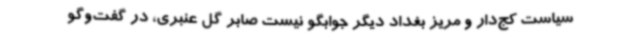
سیاست کج‌دار و مریز بغداد دیگر جوابگو نیست صابر گل عنبری، در گفت‌وگو